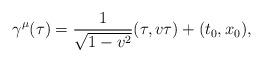
LaTeX: \begin{align*}\gamma^\mu(\tau) = \frac{1}{\sqrt{1-v^2}}(\tau, v\tau) + (t_0,x_0),\end{align*}